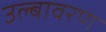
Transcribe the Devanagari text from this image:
उल्बावरण